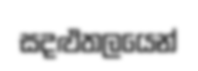
සදළුතලයෙන්